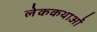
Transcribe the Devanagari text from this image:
लेककथाओं